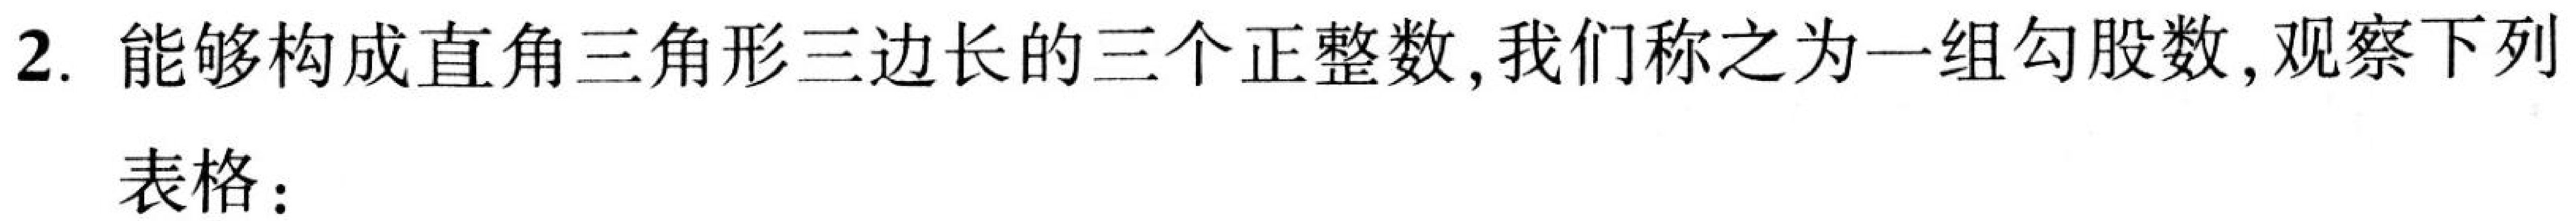
2. 能够构成直角三角形三边长的三个正整数,我们称之为一组勾股数,观察下列
表格：